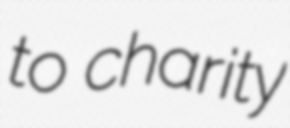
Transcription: to charity